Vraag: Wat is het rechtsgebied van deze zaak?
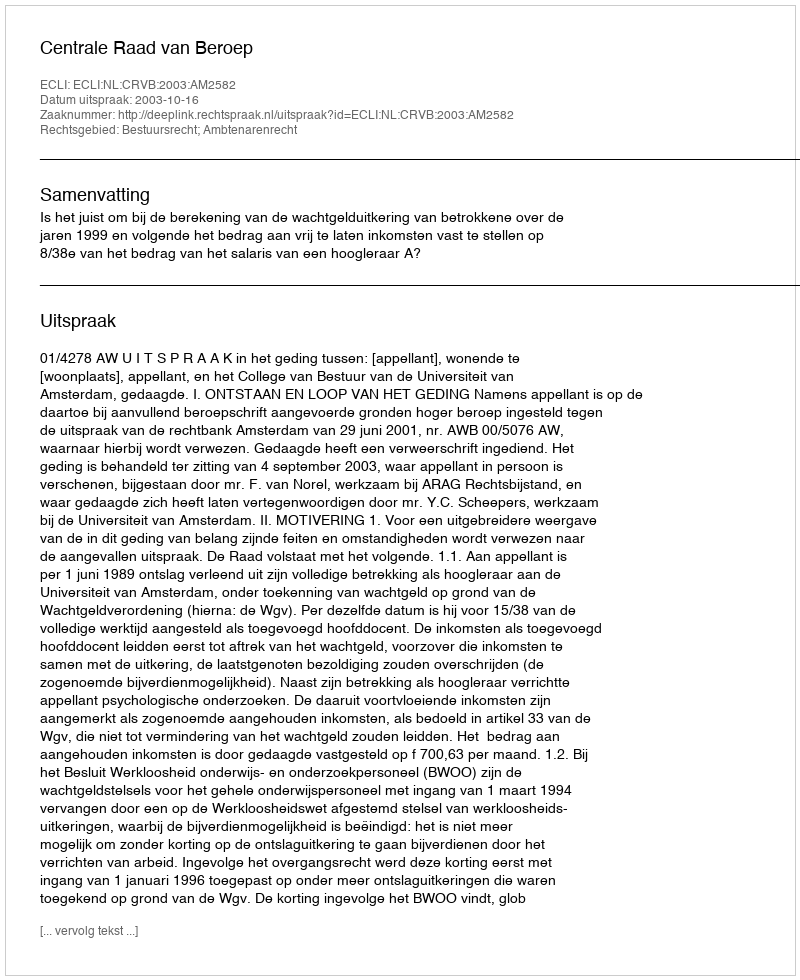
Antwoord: Bestuursrecht; Ambtenarenrecht